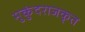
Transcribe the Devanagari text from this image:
मुकुंदराजकृत